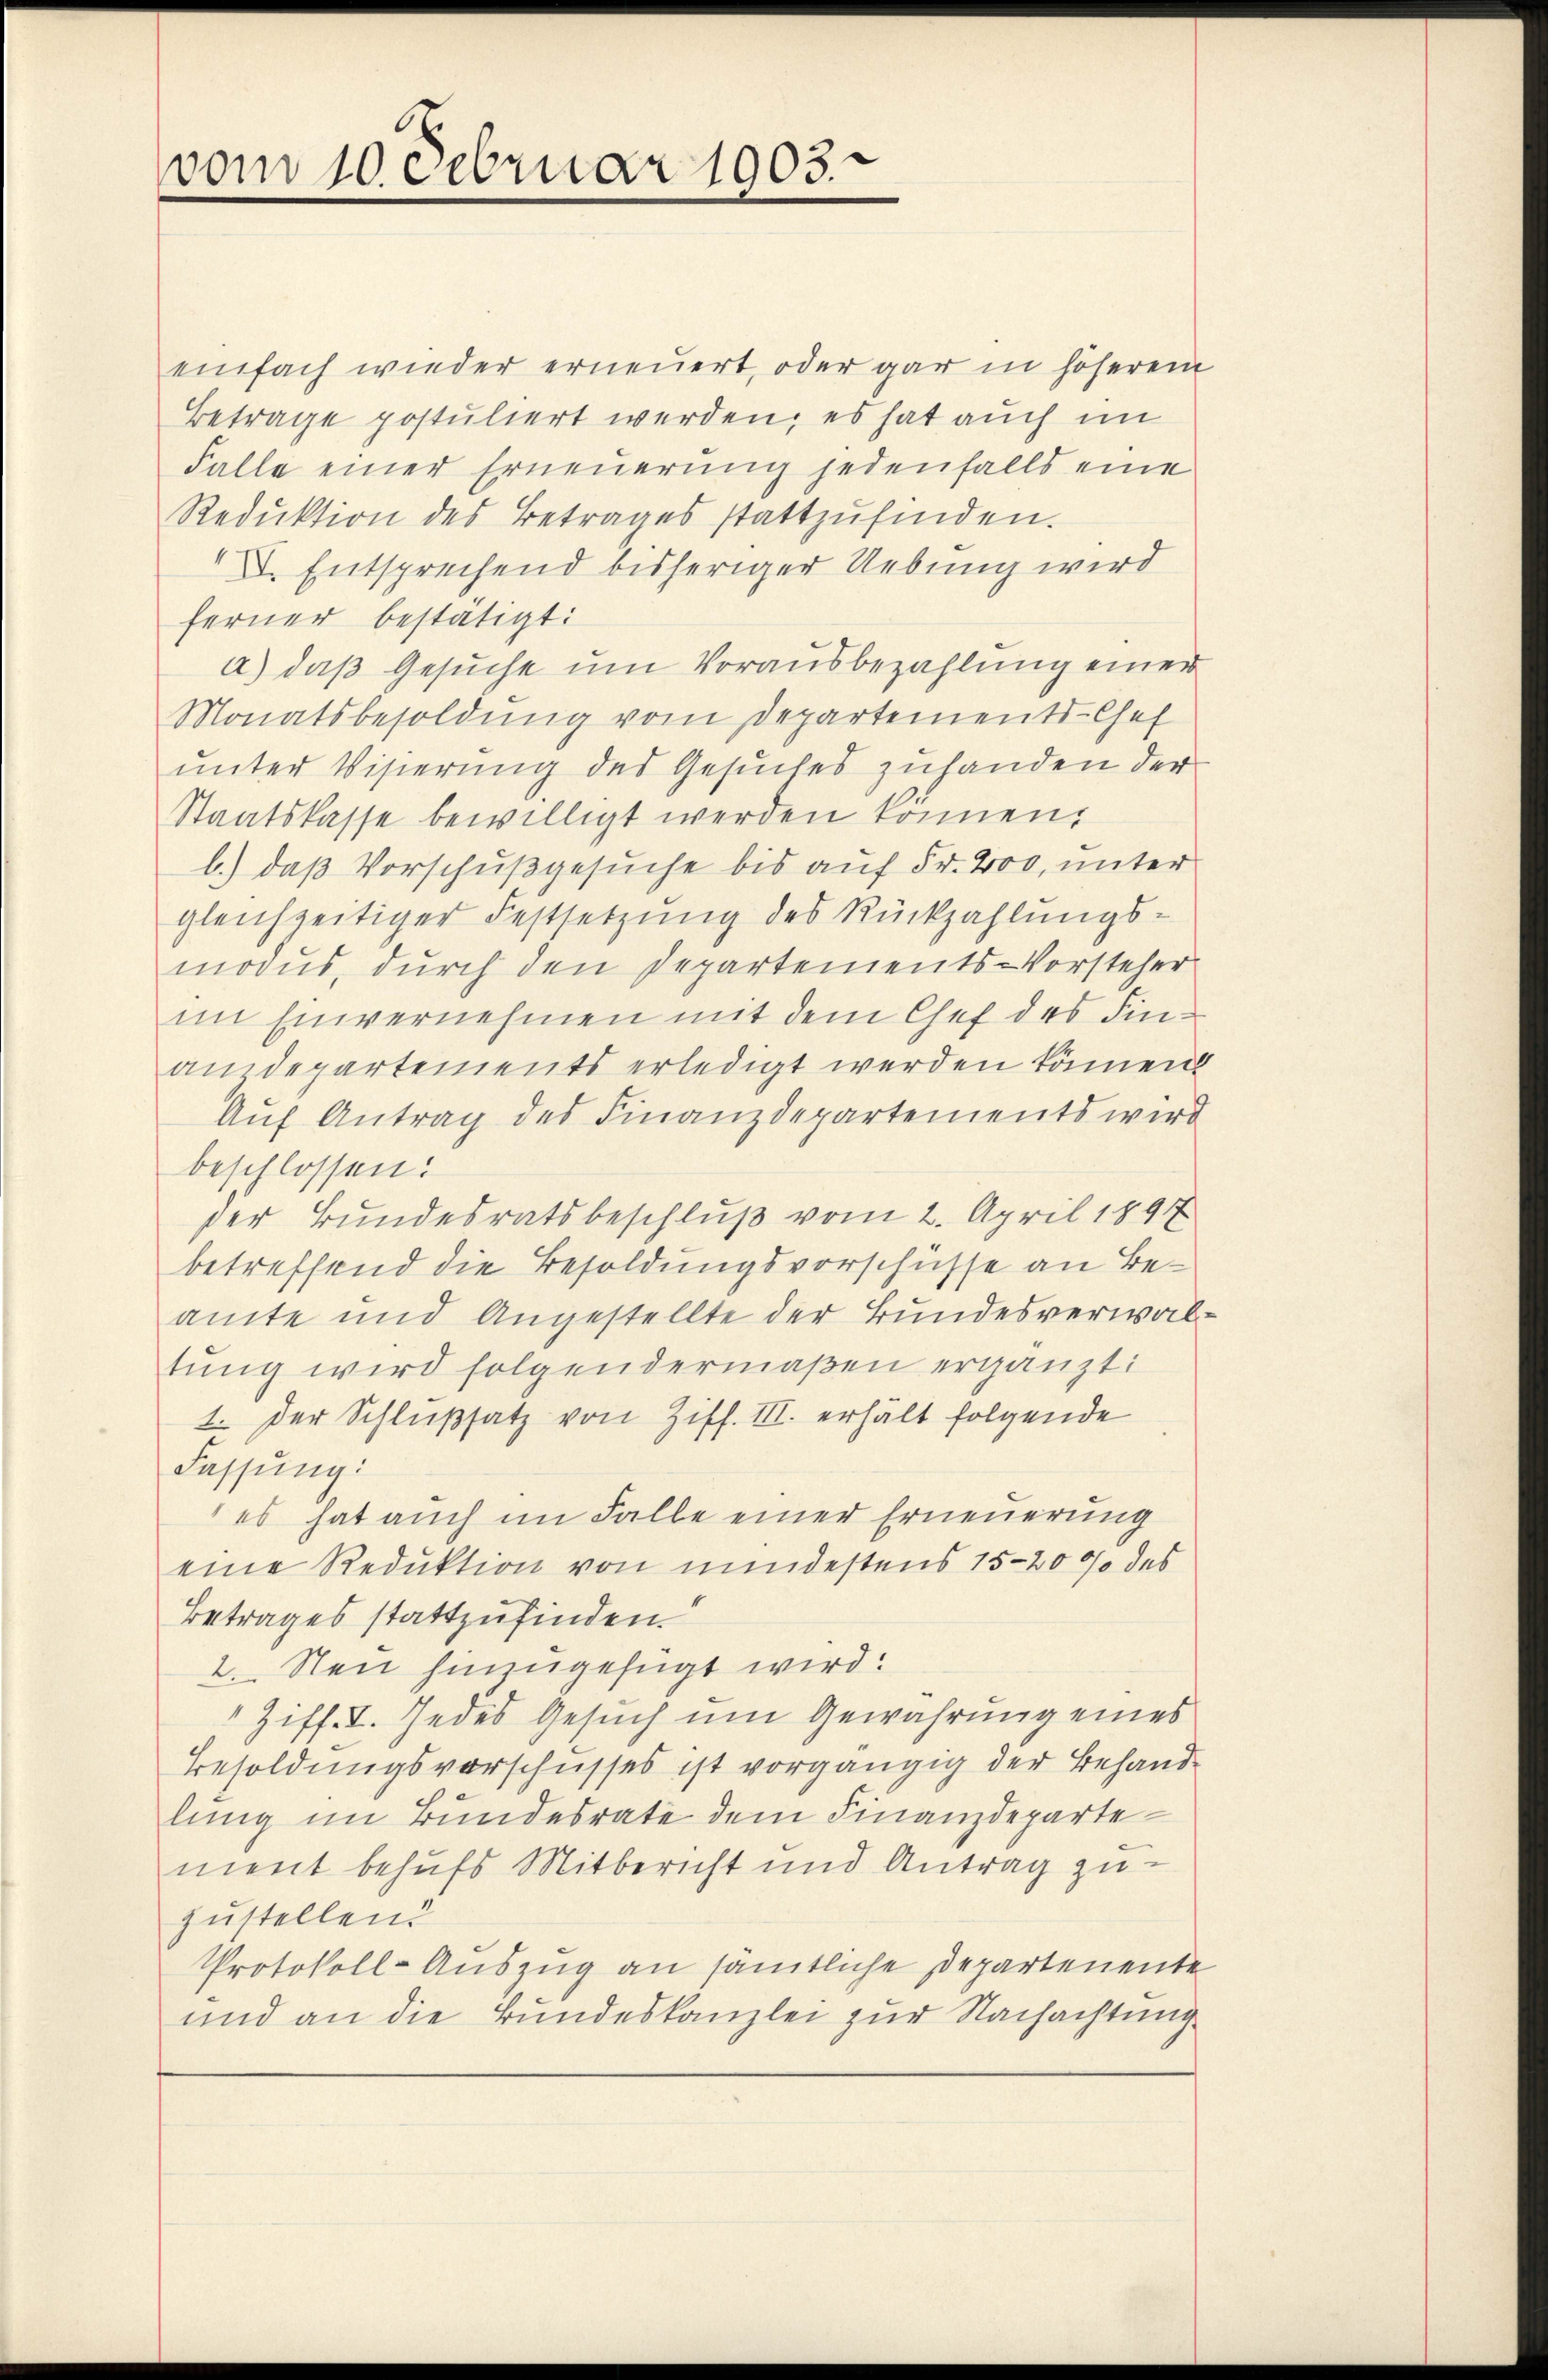
vom 10. Februar 1903.

einfach wieder erneuert, oder gar in höherem
Betrage postuliert werden, es hat auch im
Falle einer Erneuerung jedenfalls eine
Redŭktion des Betrages stattzŭfinden.
XV. Entsprechend bisheriger Uebung wird
ferner bestätigt:
a) daß Gesuche um Vorausbezahlung einer
Monatsbesoldung vom Departements-Chef
unter Visierung des Gesuches zuhanden der
Staatskasse bewilligt werden können.
b.) daß Vorschußgesuche bis auf Fr. 200, unter
gleichzeitiger Festsetzung des Rückzahlungs-
modus, durch den Departements-Vorsteher
im Einvernehmen mit dem Chef des Finaudepartements erledigt werden können
Aŭf Antrag des Finanzdepartements wird
beschlossen:
der Bundesratsbeschluß vom 2. April 1897
betreffend die Besoldungsvorschüsse an Beamte und Angestellte der Bundesverwaltung wird folgendermaßen ergänzt:
1. Der Schlußsatz von Ziff. III. erhält folgende
Fassung:
es hat auch im Falle einer Erneuerung
eine Reduktion von mindestens 15-20 % des
Betrages stattzufinden.
2. Sei hinzugefügt wird.
1 Ziff. I. Jedes Gesuch um Gewährung eines
Besoldungsvorschusses ist vorgängig der Behandlung im Bundesrate dem Finanzdepartement behufs Mitbericht und Antrag zu
zustellend
Protokoll-Auszug an sämtliche Departenente
und an die Bundeskanzlei zur Nachachtung